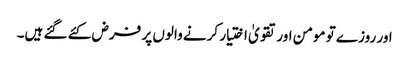
اور روزے تو مومن اور تقویٰ اختیار کرنے والوں پر فرض کئے گئے ہیں۔